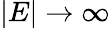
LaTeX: |E|\to\infty